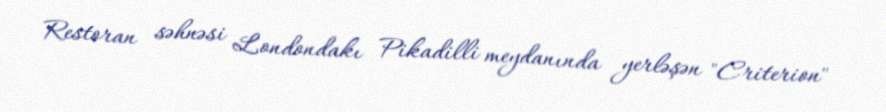
Restoran səhnəsi Londondakı Pikadilli meydanında yerləşən "Criterion"